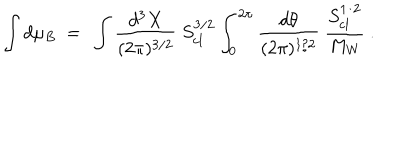
\int d \mu _ { B } \ = \ \int { \frac { d ^ { 3 } X } { ( 2 \pi ) ^ { 3 / 2 } } } \ S _ { \mathrm { c l } } ^ { 3 / 2 } \int _ { 0 } ^ { 2 \pi } { \frac { d \theta } { ( 2 \pi ) ^ { 1 / 2 } } } \ { \frac { S _ { \mathrm { c l } } ^ { 1 / 2 } } { M _ { W } } } \ .